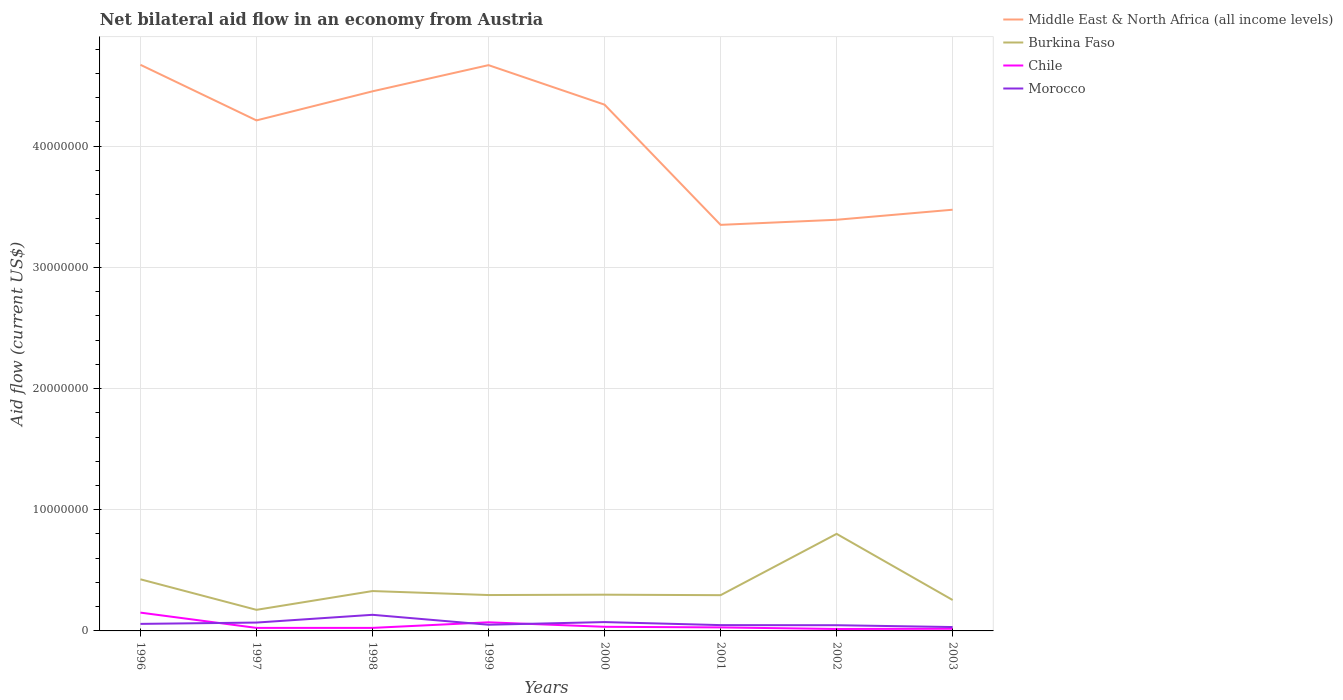
| Years | Middle East & North Africa (all income levels) | Burkina Faso | Chile | Morocco |
 | --- | --- | --- | --- | --- |
 | 1996 | 4.67e+07 | 4.26e+06 | 1.51e+06 | 5.8e+05 |
 | 1997 | 4.21e+07 | 1.74e+06 | 2.5e+05 | 6.9e+05 |
 | 1998 | 4.45e+07 | 3.29e+06 | 2.5e+05 | 1.33e+06 |
 | 1999 | 4.67e+07 | 2.96e+06 | 7.1e+05 | 5.1e+05 |
 | 2000 | 4.34e+07 | 2.99e+06 | 3.4e+05 | 7.3e+05 |
 | 2001 | 3.35e+07 | 2.95e+06 | 2.9e+05 | 4.8e+05 |
 | 2002 | 3.39e+07 | 8.01e+06 | 1.6e+05 | 4.7e+05 |
 | 2003 | 3.48e+07 | 2.55e+06 | 1.8e+05 | 3.2e+05 |